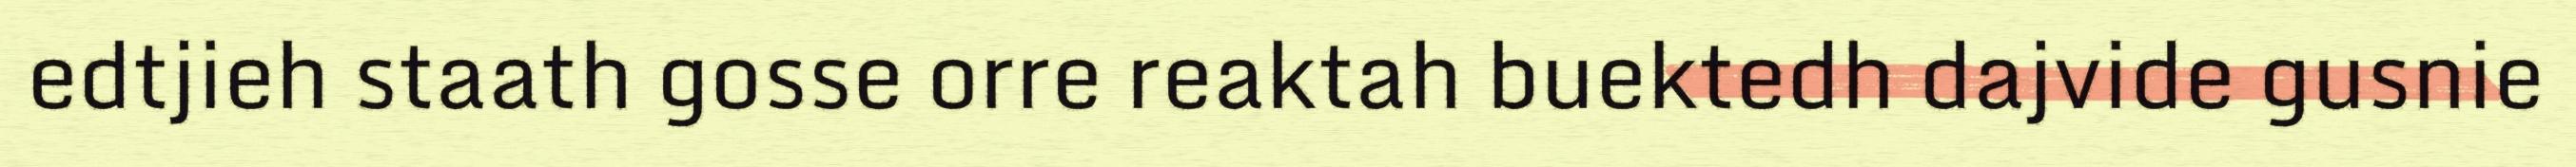
edtjieh staath gosse orre reaktah buektedh dajvide gusnie